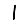
Digit: 1